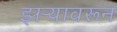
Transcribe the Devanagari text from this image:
झऱ्यावरून